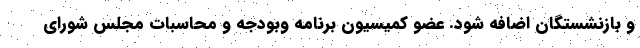
و بازنشستگان اضافه شود. عضو کمیسیون برنامه وبودجه و محاسبات مجلس شورای